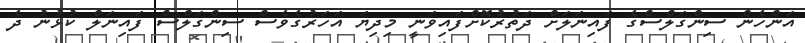
އަންހެން ސިންގަލްސްގެ ފައިނަލަށް ދަތުރުކޮށްފައިވަނީ މިދިޔަ އަހަރުގެވެސް ސިންގަލްސް ފައިނަލް ކުޅުނު ދެ